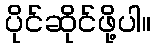
ပိုင်ဆိုင်ဖို့ပါ။